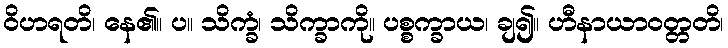
ဝိဟရတိ၊ နေ၏။ ပ။ သိက္ခံ၊ သိက္ခာကို။ ပစ္စက္ခာယ၊ ချ၍။ ဟီနာယာဝတ္တတိ၊